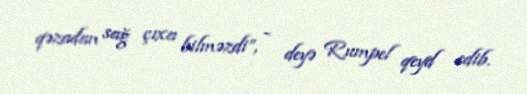
qəzadan sağ çıxa bilməzdi”, - deyə Rumpel qeyd edib.